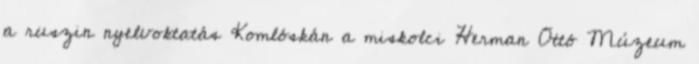
a ruszin nyelvoktatás Komlóskán a miskolci Herman Ottó Múzeum